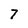
Character: 7